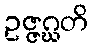
ဥဇ္ဇဂ္ဃတိ